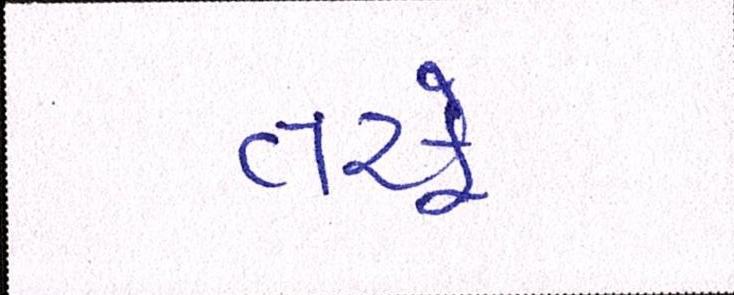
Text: તરફે